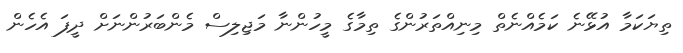
ތިޔަކަމާ އުޅޭނެ ކަމެއްނެތް މިނިއްތަރުންގެ ތިމާގެ މީހުންނާ މަޖިލިސް މެންބަރުންނަށް ދީފަ އެހެން